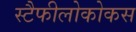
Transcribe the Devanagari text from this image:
स्टैफीलोकोकस